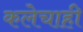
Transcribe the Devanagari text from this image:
कलेचाही